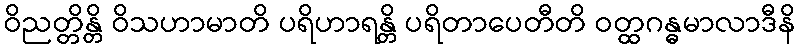
ဝိညတ္တိန္တိ ဝိသဟာမာတိ ပရိဟာရန္တိ ပရိတာပေတီတိ ဝတ္ထဂန္ဓမာလာဒီနိ